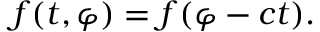
f ( t , \varphi ) = f ( \varphi - c t ) .